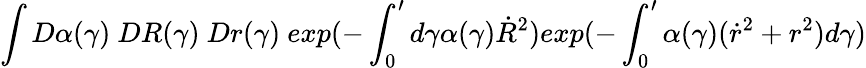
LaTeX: \int D\alpha(\gamma)~DR(\gamma)~Dr(\gamma)~exp(-\int_{0}^{\prime}d\gamma\alpha(\gamma)\dot{R}^{2})exp(-\int_{0}^{\prime}\alpha(\gamma)(\dot{r}^{2}+r^{2})d\gamma)